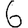
Digit: 6